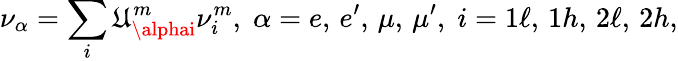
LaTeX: \nu_{\alpha}=\sum_{i}\mathfrak{U}_{\alphai}^{m}\nu_{i}^{m},\; \alpha=e,\, e^{\prime},\, \mu,\, \mu^{\prime},\; i=1\ell,\, 1h,\, 2\ell,\, 2h,